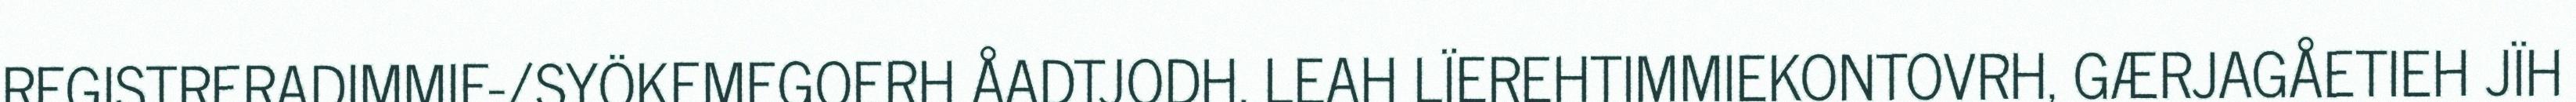
REGISTRERADIMMIE-/SYÖKEMEGOERH ÅADTJODH, LEAH LÏEREHTIMMIEKONTOVRH, GÆRJAGÅETIEH JÏH